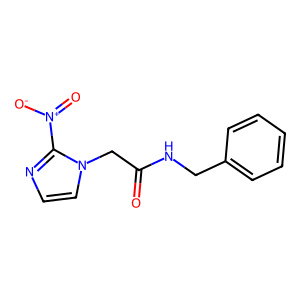
SMILES: O=C(Cn1ccnc1[N+](=O)[O-])NCc1ccccc1
Inhibits HIV replication: No